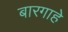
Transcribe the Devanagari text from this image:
बारगाहे